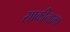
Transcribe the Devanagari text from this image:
साकीनामा